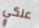
عنكي